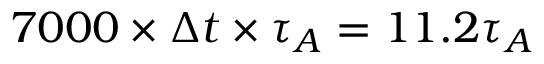
7 0 0 0 \times \Delta t \times \tau _ { A } = 1 1 . 2 \tau _ { A }